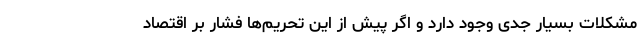
مشکلات بسیار جدی وجود دارد و اگر پیش از این تحریم‌ها فشار بر اقتصاد